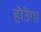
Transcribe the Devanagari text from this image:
होउँगा